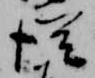
従